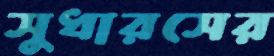
সুধারসের